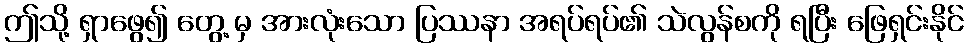
ဤသို့ ရှာဖွေ၍ တွေ့ မှ အားလုံးသော ပြဿနာ အရပ်ရပ်၏ သဲလွန်စကို ရပြီး ဖြေရှင်းနိုင်